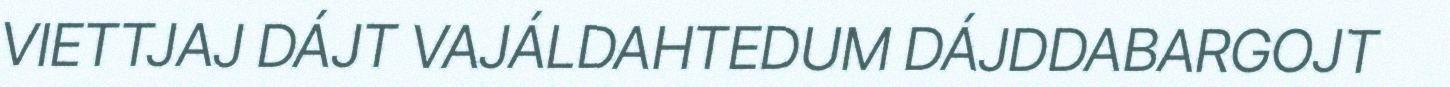
VIETTJAJ DÁJT VAJÁLDAHTEDUM DÁJDDABARGOJT